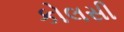
કોલસી